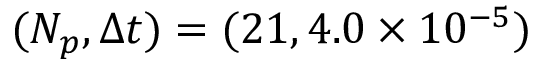
( N _ { p } , \Delta t ) = ( 2 1 , 4 . 0 \times 1 0 ^ { - 5 } )